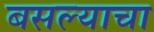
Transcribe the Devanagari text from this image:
बसल्याचा